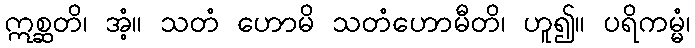
ဣစ္ဆတိ၊ အံ့။ သတံ ဟောမိ သတံဟောမီတိ၊ ဟူ၍။ ပရိကမ္မံ၊